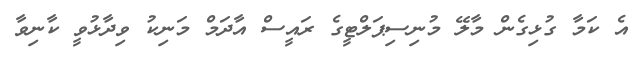
އެ ކަމާ ގުޅިގެން މާލޭ މުނިސިޕަލްޓީގެ ރައީސް އާދަމް މަނިކު ވިދާޅުވީ ކާނިވާ